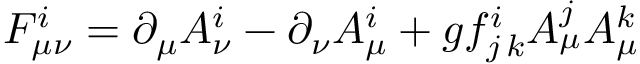
\begin{array} { r } { F _ { \mu \nu } ^ { i } = \partial _ { \mu } A _ { \nu } ^ { i } - \partial _ { \nu } A _ { \mu } ^ { i } + g f _ { j \, k } ^ { i } A _ { \mu } ^ { j } A _ { \mu } ^ { k } } \end{array}